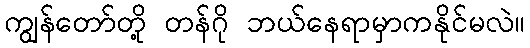
ကျွန်တော်တို့ တန်ဂို ဘယ်နေရာမှာကနိုင်မလဲ။